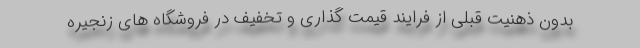
بدون ذهنیت قبلی از فرایند قیمت گذاری و تخفیف در فروشگاه های زنجیره